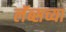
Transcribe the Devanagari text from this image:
लॅब्सच्या